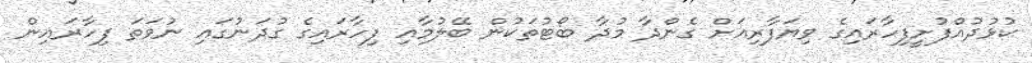
ކުޅުދުއްފުށީފިހާރައިގެ ވިޔަފާރިއަށް ގެންދާ މުދާ ބޯޓުތަކުން ބޭލުމާއި ފިހާރައިގެ ގުދަނުގައި ނުވަތަ ފިހާރައިން